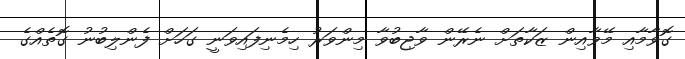
ގޮވާމާއި މޭވާއިން ޒަކާތަށް ނެރޭން ވާޖިބުވާ މިންވަރު ހިމެނިފައިވަނީ ގަހަށް ފެންލިބުނު ގޮތެއްގެ